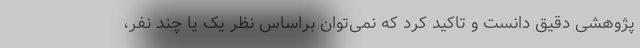
پژوهشی دقیق دانست و تاکید کرد که نمی‌توان براساس نظر یک یا چند نفر،